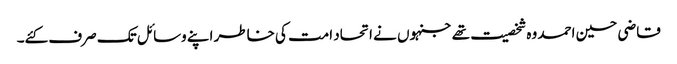
قاضی حسین احمد وہ شخصیت تھے جنہوں نے اتحاد امت کی خاطر اپنے وسائل تک صرف کئے۔